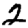
Digit: 2